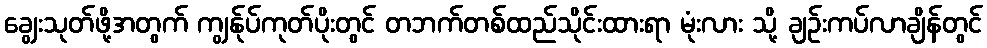
ချွေးသုတ်ဖို့အတွက် ကျွန်ုပ်ကုတ်ပိုးတွင် တဘက်တစ်ထည်သိုင်းထားရာ မုံးလား သို့ ချဉ်းကပ်လာချိန်တွင်